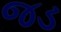
જડ